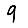
Digit: 9